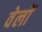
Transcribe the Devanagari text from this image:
वेलों